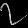
Digit: ၇